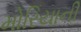
મોરિયાની